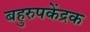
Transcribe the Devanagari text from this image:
बहुरुपकेंद्रक